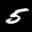
Label: 5